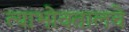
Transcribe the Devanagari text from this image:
त्याभोवतालचे